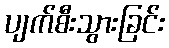
ပျက်စီးသွားခြင်း